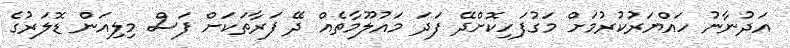
އަދުނާނު ހައްޔަރުކުރުމަށް މަގުފަހިކޮށްދޭ ފަދަ މައުލޫމާތެއް ދޭ ފަރާތަކަށް ފަސް މިލިއަން ޑޮލަރުގެ